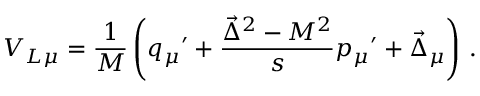
V _ { L \mu } = { \frac { 1 } { M } } \left( { q _ { \mu } } ^ { \prime } + { \frac { \vec { \Delta } ^ { 2 } - M ^ { 2 } } { s } } { p _ { \mu } } ^ { \prime } + \vec { \Delta } _ { \mu } \right) \, .